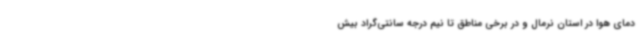
دمای هوا در استان نرمال و در برخی مناطق تا نیم درجه سانتی‌گراد بیش